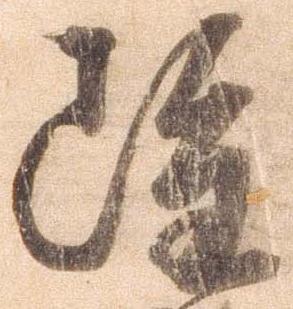
雖